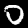
Label: 0